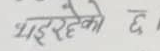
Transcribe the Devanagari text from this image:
भइरहेको छ